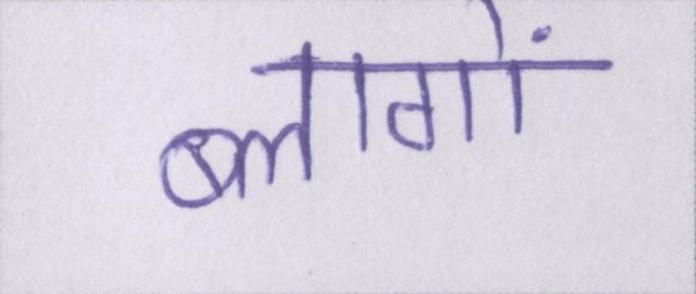
ब्लागों